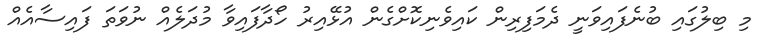
މި ބިލުގައި ބުނެފައިވަނީ ދެމަފިރިން ކައިވެނިކޮށްގެން އުޅޭއިރު ހޯދާފައިވާ މުދަލެއް ނުވަތަ ފައިސާއެއް